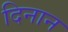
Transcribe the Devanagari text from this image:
दिनान